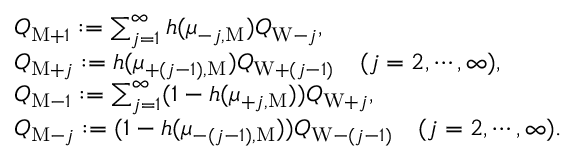
\begin{array} { r l } & { Q _ { \mathrm { M } + 1 } : = \sum _ { j = 1 } ^ { \infty } h ( \mu _ { - j , \mathrm { M } } ) Q _ { \mathrm { W } - j } , } \\ & { Q _ { \mathrm { M } + j } : = h ( \mu _ { + ( j - 1 ) , \mathrm { M } } ) Q _ { \mathrm { W } + ( j - 1 ) } \quad ( j = 2 , \cdots , \infty ) , } \\ & { Q _ { \mathrm { M } - 1 } : = \sum _ { j = 1 } ^ { \infty } ( 1 - h ( \mu _ { + j , \mathrm { M } } ) ) Q _ { \mathrm { W } + j } , } \\ & { Q _ { \mathrm { M } - j } : = ( 1 - h ( \mu _ { - ( j - 1 ) , \mathrm { M } } ) ) Q _ { \mathrm { W } - ( j - 1 ) } \quad ( j = 2 , \cdots , \infty ) . } \end{array}